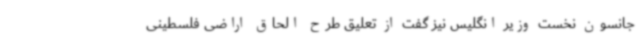
جانسون نخست وزیر انگلیس نیز گفت از تعلیق طرح الحاق اراضی فلسطینی